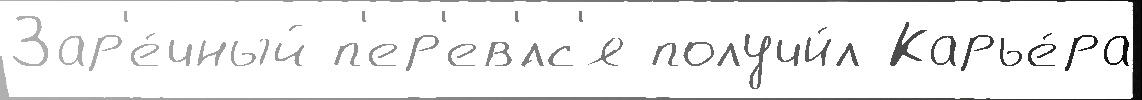
Зар'е́чный п'ер'ев'́лс'я получи́л Карье́ра